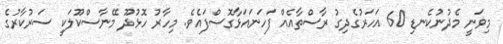
މިވަނީ މެދުނުކެނޑި 60 އަހަރުގެދިގު ރާސްތާއެއް ފަހަނައަޅާގޮސްފައެވެ. މިހާރު ހޮޅުދޫ މޭނާސްކޫލަކީ ސަރުކާރުގެ